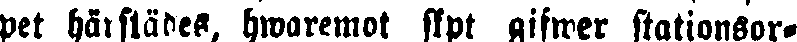
pet härstädes, hwaremot skpt gifwer stationsor-